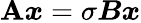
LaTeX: \boldsymbol{\mathbf{A}}\boldsymbol{x}=\sigma\boldsymbol{B}\boldsymbol{x}